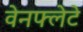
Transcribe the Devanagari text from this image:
वेनफ्लेटे